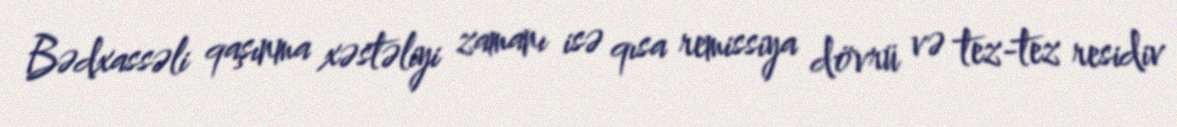
Bədxassəli qaşınma xəstəliyi zamanı isə qısa remissiya dövrü və tez-tez residiv